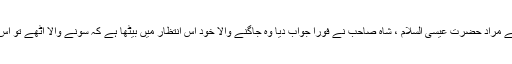
شاہ صاحب سوال کی تہ تک پہنچ گئے، سوتے سے مراد حضرت محمد ﷺ تھےاور جاگتے سے مراد حضرت عیسی السلام ، شاہ صاحب نے فوراً جواب دیا وہ جاگنے والا خود اس انتظار میں بیٹھا ہے کہ سونے والا اٹھے تو اس سے راستہ معلوم کرے، مسافر کو چاہئے کہ وہ بھی سونے والے کے اٹھنے کا انتظار کرے۔